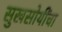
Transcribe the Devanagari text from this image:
सुखसोयींचा